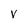
Character: V